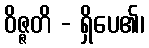
ဝိဇ္ဇတိ - ရှိပေ၏၊